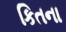
કિતના